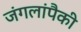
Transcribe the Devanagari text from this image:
जंगलांपैकी